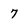
Character: 7